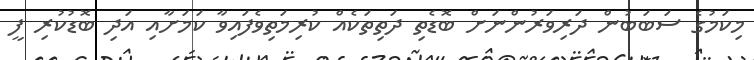
މިކަމުގެ ސަބަބުން ދަރިވަރުންނަށް ބޮޑެތި ދަތިތަކެއް ކުރިމަތިވެފައިވާ ކަމަށާއި އަދި ބޮޑުކުރި ފީ